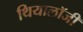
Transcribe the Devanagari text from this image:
थियालॉजी